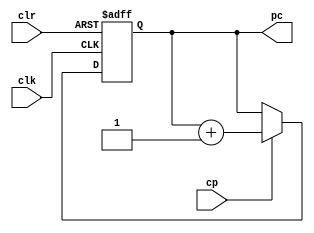
`timescale 1ns / 1ps
//////////////////////////////////////////////////////////////////////////////////
// Company:        Make Hack Void
// 
// Design Name:    sap-1
// Module Name:    pcounter 
// Target Devices: Spartan 3
// Tool versions:  ISE 14.7
//
// Permission is hereby granted, free of charge, to any person obtaining a copy
// of this software and associated documentation files (the "Software"), to deal
// in the Software without restriction, including without limitation the rights
// to use, copy, modify, merge, publish, distribute, sublicense, and/or sell
// copies of the Software, and to permit persons to whom the Software is
// furnished to do so, subject to the following conditions:
//
// The above copyright notice and this permission notice shall be included in all
// copies or substantial portions of the Software.
//
// THE SOFTWARE IS PROVIDED "AS IS", WITHOUT WARRANTY OF ANY KIND, EXPRESS OR
// IMPLIED, INCLUDING BUT NOT LIMITED TO THE WARRANTIES OF MERCHANTABILITY,
// FITNESS FOR A PARTICULAR PURPOSE AND NONINFRINGEMENT. IN NO EVENT SHALL THE
// AUTHORS OR COPYRIGHT HOLDERS BE LIABLE FOR ANY CLAIM, DAMAGES OR OTHER
// LIABILITY, WHETHER IN AN ACTION OF CONTRACT, TORT OR OTHERWISE, ARISING FROM,
// OUT OF OR IN CONNECTION WITH THE SOFTWARE OR THE USE OR OTHER DEALINGS IN THE
// SOFTWARE.
//
// Description:    Implements the program counter. This is done as a standalone
//                 module, rather than inline, so that a separate test bench can
//                 be used and studied.
//
//////////////////////////////////////////////////////////////////////////////////

module pcounter(
    input clk,          // System clock
    input cp,           // PC count enable
    input clr,          // Clear (reset)
    output [3:0] pc     // Program count
    );

    reg [3:0] count;

    always @(posedge clk or posedge clr)
        if (clr)
            count <= 0;
        else if (cp)
            count <= pc + 1;

    assign pc = count;
    
endmodule